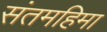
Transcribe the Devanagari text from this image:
संतमहिमा